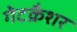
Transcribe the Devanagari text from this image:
गेटक्रैशर